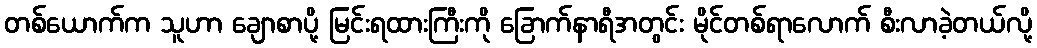
တစ်ယောက်က သူဟာ ချောစာပို့ မြင်းရထားကြီးကို ခြောက်နာရီအတွင်း မိုင်တစ်ရာလောက် စီးလာခဲ့တယ်လို့